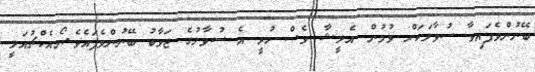
ބޭނުންވެފައިވާ ސުވާލަކަށް ވުމުން އެލީޝާ ވެސް ހުރީ އެ ސުވާލުގެ ޖަވާބު ބޭނުންވެފައެވެ.ނޯއެކްޗުއަލީ